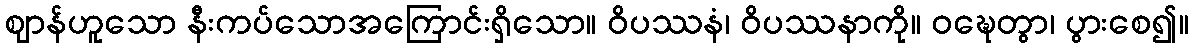
ဈာန်ဟူသော နီးကပ်သောအကြောင်းရှိသော။ ဝိပဿနံ၊ ဝိပဿနာကို။ ဝဍ္ဎေတွာ၊ ပွားစေ၍။